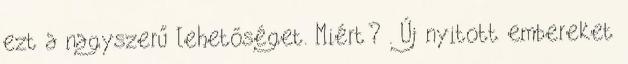
ezt a nagyszerű lehetőséget. Miért? . Új nyitott embereket